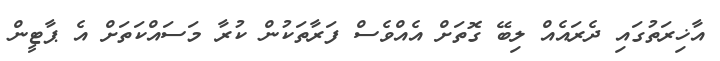
އާޚިރަތުގައި ދެރައެއް ލިބޭ ގޮތަށް އެއްވެސް ފަރާތަކުން ކުރާ މަސައްކަތަށް އެ ޕާޓީން